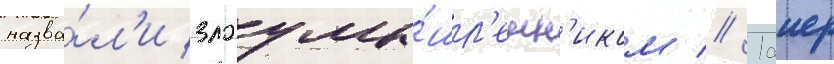
назва́л'и злоумы́шл'енн'иком // Таиер